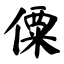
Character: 僳